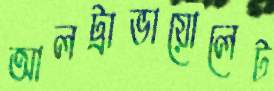
আলট্রাভায়োলেট